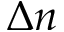
\Delta n